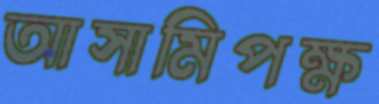
আসামিপক্ষ